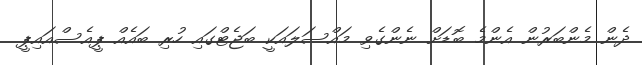
ދެން މެންބަރުން އެންމެ ބޮޑަށް ނެންގެވި މައްސަލައަކީ ބަޖެޓްގައި ހުރި ބައެއް ޕީއެސްއައިޕީ